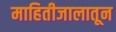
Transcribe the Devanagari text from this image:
माहितीजालातून